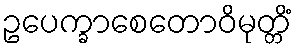
ဥပေက္ခာစေတောဝိမုတ္တိံ